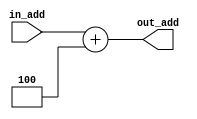
`timescale 1ns / 1ps

module add(in_add,out_add);

input wire [31:0] in_add;
output wire [31:0] out_add;

assign out_add = in_add +4;

endmodule